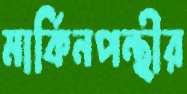
মার্কিনপন্থীর